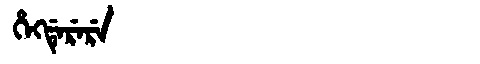
Manchu: ᡥᡝᡴᡩᡝᡵᡝᡵᡝ
Romanization: HEKDERERE